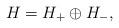
LaTeX: \begin{align*}H=H_{+}\oplus H_{-},\end{align*}